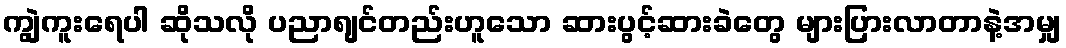
ကျွဲကူးရေပါ ဆိုသလို ပညာရျင်တည်းဟူသော ဆားပွင့်ဆားခဲတွေ များပြားလာတာနဲ့အမျှ